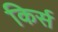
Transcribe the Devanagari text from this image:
किर्स